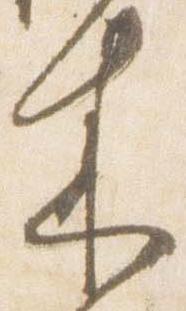
来